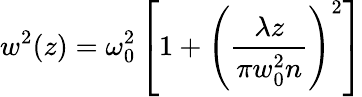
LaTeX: w^{2}(z)=\omega_{0}^{2}\left[1+\left(\frac{\lambda z}{\pi w_{0}^{2}n}\right)^{2}\right]